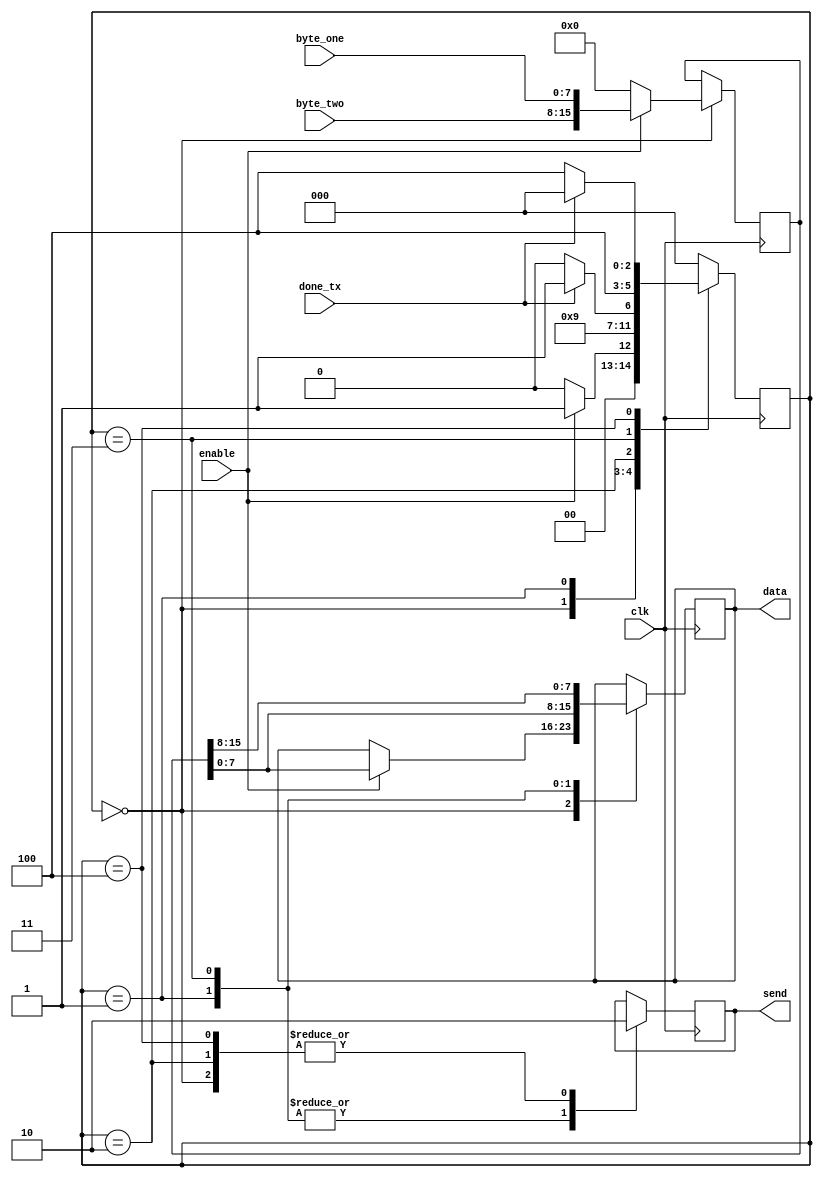
/* MDULO REG_2BYTES_UART_TX
   ESTE MDULO IMPLEMENTA A TRANSMISSO DE DOIS BYTES VIA UART ASSNCRONA.
   ELE ACEITA DOIS BYTES DE DADOS, TRANSMITE-OS SEQUENCIALMENTE E SINALIZA QUANDO A TRANSMISSO DOS DOIS BYTES FOI CONCLUDA.
*/

module BUFFER_TX (
    input clk,               // CLOCK DE ENTRADA
    input enable,            // SINAL DE CONTROLE PARA INICIAR A TRANSMISSO
    input [7:0]  byte_one,   // PRIMEIRO BYTE A SER TRANSMITIDO
    input [7:0]  byte_two,   // SEGUNDO BYTE A SER TRANSMITIDO
    input        done_tx,    // SINALIZA QUANDO A TRANSMISSO DE UM BYTE FOI CONCLUDA
    output [7:0] data,       // BYTE SENDO ATUALMENTE TRANSMITIDO
    output       send        // SINALIZA QUANDO A TRANSMISSO DOS DOIS BYTES FOI CONCLUDA
);

//================================================================================================================================
//                   					 DECLARACAO DOS ESTADOS
//================================================================================================================================

    localparam IDLE     = 3'b000,
               SEND_BYTE_ONE = 3'b001,
               STOP_ACK_1   = 3'b010,
               SEND_BYTE_TWO = 3'b011,
               STOP_ACK_2 = 3'b100;

//================================================================================================================================
//                   				 DECLARACAO DOS REGISTRADORES
//================================================================================================================================

    reg [2:0] state = 0;          // ESTADO ATUAL DA MQUINA DE ESTADOS
    reg [7:0] data_aux = 0;       // DADO ATUAL SENDO TRANSMITIDO
    reg byte_sent = 0;           // INDICA SE UM BYTE FOI TRANSMITIDO
    reg [15:0] buffer = 0;        // BUFFER PARA ARMAZENAR OS BYTES A SEREM TRANSMITIDOS

    assign send = byte_sent;      // SINALIZA QUANDO A TRANSMISSO DOS DOIS BYTES FOI CONCLUDA
    assign data = data_aux;       // BYTE SENDO ATUALMENTE TRANSMITIDO

//================================================================================================================================
//                   		MAQUINA DE ESTADOS
//================================================================================================================================

    always @(posedge clk) begin
        case (state)
            IDLE: begin
                byte_sent <= 0;

                if (enable) begin
                    state <= SEND_BYTE_ONE;              // TRANSIO PARA O ESTADO DE ENVIO DO PRIMEIRO BYTE
                    data_aux <= buffer[7:0];        // CARREGA O PRIMEIRO BYTE PARA TRANSMISSO
                    buffer <= {byte_two, byte_one}; // REARRANJA OS BYTES NO BUFFER PARA TRANSMISSO
                end
                else begin
                    state <= IDLE;                // PERMANECE NO ESTADO DE OCIOSIDADE
                    buffer <= 8'd0;               // ZERA O BUFFER
                end
            end
            SEND_BYTE_ONE: begin
                data_aux <= buffer[7:0];         // CARREGA O PRIMEIRO BYTE PARA TRANSMISSO
                state <= STOP_ACK_1;              // TRANSIO PARA O ESTADO DE INCIO DA TRANSMISSO DO PRIMEIRO BYTE
                byte_sent <= 1;                  // INDICA QUE UM BYTE FOI TRANSMITIDO
            end
            STOP_ACK_1 : begin
                byte_sent <= 0;

                if (done_tx) begin
                    state <= SEND_BYTE_TWO;           // SE O PRIMEIRO BYTE FOI TRANSMITIDO COM SUCESSO, TRANSIO PARA O ESTADO DE ENVIO DO SEGUNDO BYTE
                end
                else begin
                    state <= STOP_ACK_1;          // PERMANECE NO ESTADO DE INCIO DA TRANSMISSO DO PRIMEIRO BYTE
                end
            end
            SEND_BYTE_TWO: begin
                byte_sent <= 1;
                data_aux <= buffer[15:8];         // CARREGA O SEGUNDO BYTE PARA TRANSMISSO
                state <= STOP_ACK_2;               // TRANSIO PARA O ESTADO DE INCIO DA TRANSMISSO DO SEGUNDO BYTE
            end
            STOP_ACK_2 : begin
                byte_sent <= 0;

                if (done_tx) begin
                    state <= IDLE;               // SE O SEGUNDO BYTE FOI TRANSMITIDO COM SUCESSO, TRANSIO DE VOLTA PARA O ESTADO DE OCIOSIDADE
                end
                else begin
                    state <= STOP_ACK_2;          // PERMANECE NO ESTADO DE INCIO DA TRANSMISSO DO SEGUNDO BYTE
                end
            end
            default: state <= IDLE;              // CASO DE ESTADO NO RECONHECIDO, RETORNA AO ESTADO DE OCIOSIDADE
        endcase
    end


endmodule